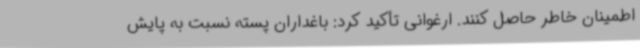
اطمینان خاطر حاصل کنند. ارغوانی تأکید کرد: باغداران پسته نسبت به پایش